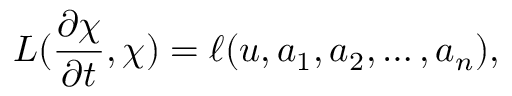
L ( \frac { \partial \chi } { \partial t } , \chi ) = \ell ( u , a _ { 1 } , a _ { 2 } , \ldots , a _ { n } ) ,